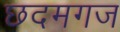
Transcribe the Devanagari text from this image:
छदमगज